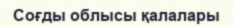
Соғды облысы қалалары